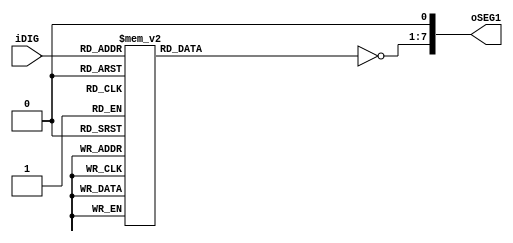
module SEG7_LUT (   oSEG1,iDIG   );
input   wire[3:0]   iDIG;
output  wire[7:0]   oSEG1;
reg     [6:0]   oSEG;

always @(iDIG)
begin
        case(iDIG)
        4'h1: oSEG = 7'b1110110;    // ---t----
        4'h2: oSEG = 7'b0100001;    // |      |
        4'h3: oSEG = 7'b0100100;    // lt    rt
        4'h4: oSEG = 7'b0010110;    // |      |
        4'h5: oSEG = 7'b0001100;    // ---m----
        4'h6: oSEG = 7'b0001000;    // |      |
        4'h7: oSEG = 7'b1100110;    // lb    rb
        4'h8: oSEG = 7'b0000000;    // |      |
        4'h9: oSEG = 7'b0000110;    // ---b----
        4'ha: oSEG = 7'b0000010;
        4'hb: oSEG = 7'b0011000;
        4'hc: oSEG = 7'b1001001;
        4'hd: oSEG = 7'b0110000;
        4'he: oSEG = 7'b0001001;
        4'hf: oSEG = 7'b0001011;
        4'h0: oSEG = 7'b1000000;
        endcase
end

assign oSEG1 = {~oSEG,1'b0};

endmodule